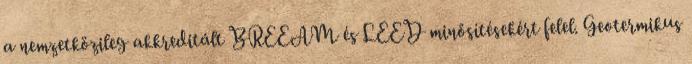
a nemzetközileg akkreditált BREEAM és LEED minősítésekért felel. Geotermikus